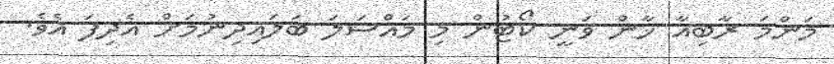
މަންމަ ރާބިއާ ޚާން ވަނީ ކޯޓުން މި މައްސަލަ ބަލައިދިނުމަށް އެދިފަ އެވެ.